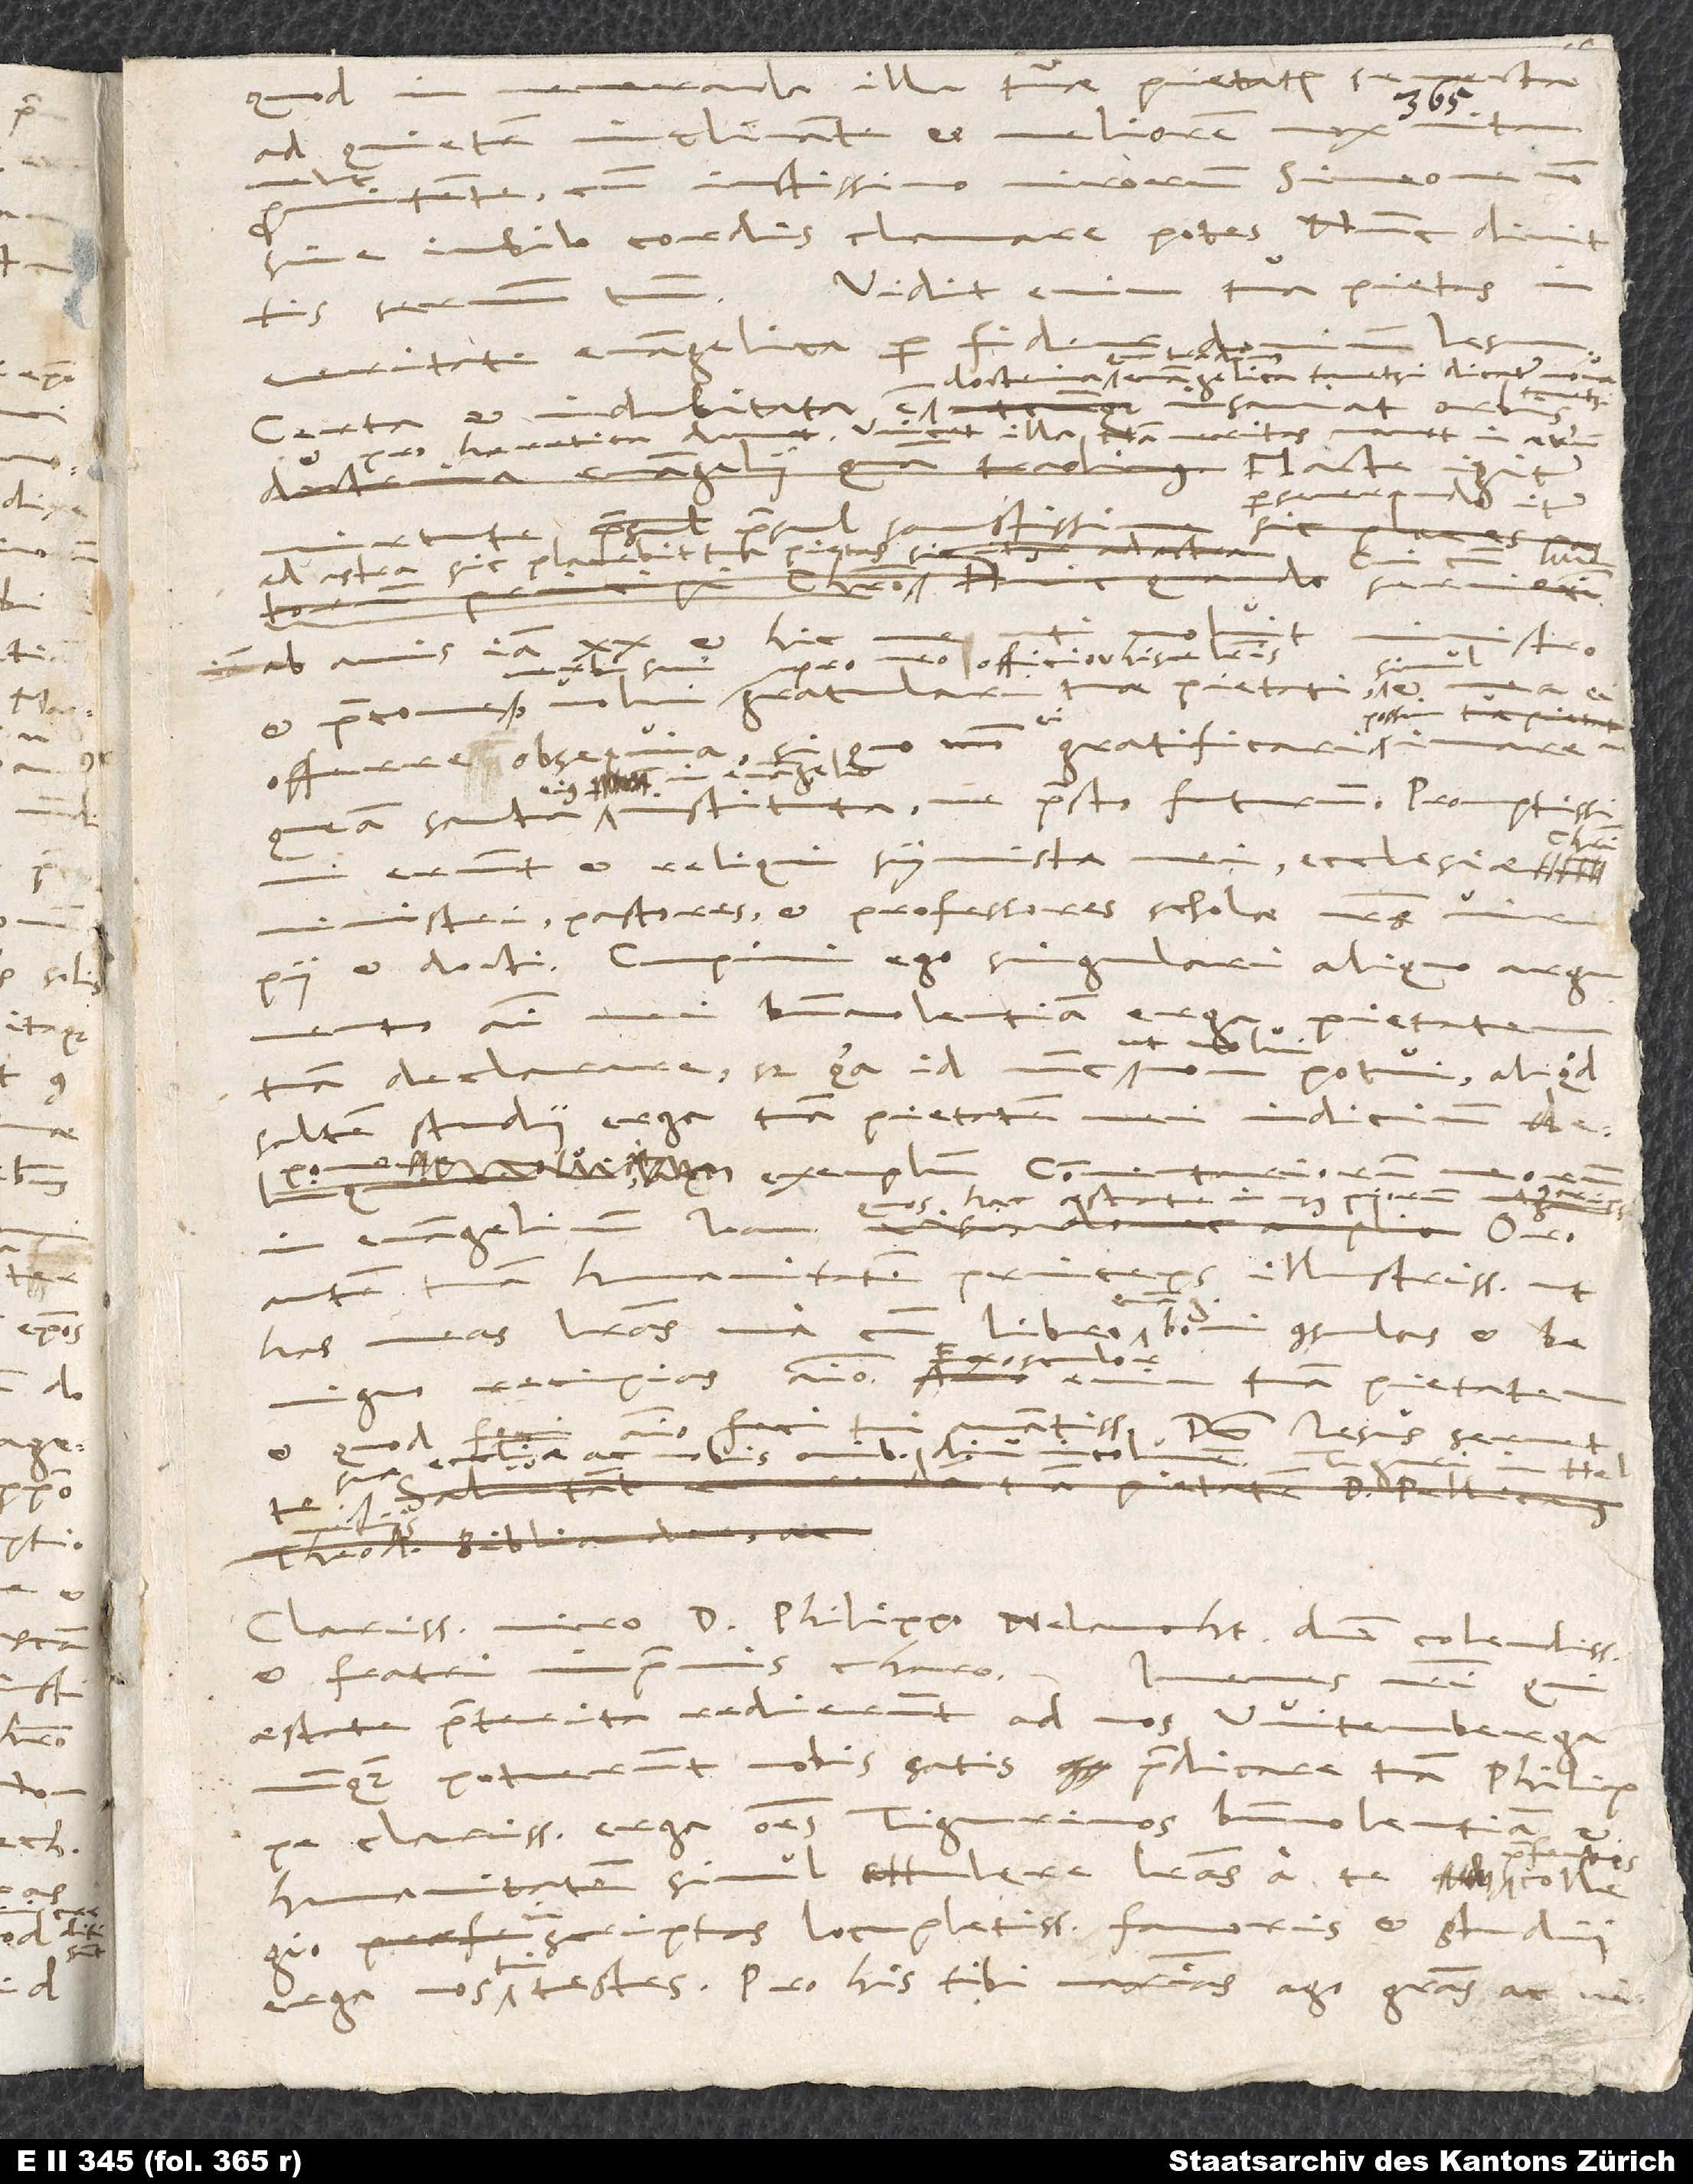
Vidit enim tua pietas
veritate evangelica per
doctrina, quam tradimus, evangelica; tametsi dicatur nova,
orbis
Certa et indubitata est
haeretica
servierim
et hic
ab annis iam
et praecone
queam sancta eius in evangelio instituta, me praesto futurum. Promptissimi
erunt et reliqui symmistae mei, ecclesiae
ministri, pastores et professores scholae nostrae,
argumento animi mei benevolentiam
potui, aliquod
tuam declarare; sed quia id nunc,
saltem studii erga tuam pietatem mei indicium
hac aestate in usus
in evangelium Ioan.,
autem tuam humanitatem, princeps illustrissime, ut
libro evang boni consulas et
has meas literas una
benigno recipias animo. Exosculor enim tuam pietatem
Dominus Iesus servet